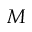
M